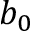
b _ { 0 }